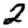
Digit: 2